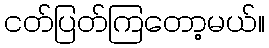
ငတ်ပြတ်ကြတော့မယ်။